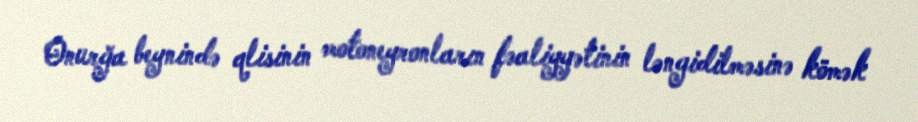
Onurğa beynində qlisinin motoneyronların fəaliyyətinin ləngidilməsinə kömək